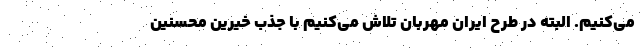
می‌کنیم. البته در طرح ایران مهربان تلاش می‌کنیم با جذب خیرین محسنین